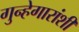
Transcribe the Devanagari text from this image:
गुन्हेगारांशी